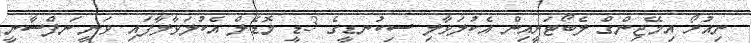
ނިއުރޯ އިމޭޖިންގް ލެބޯޓަރީއިން އެކުލަވާލި ސިކުނޑީގެ 3ޑީ މޮޑެލް އެކުލަވާލާފައި ވަނީ ނަފްސާނީ